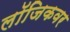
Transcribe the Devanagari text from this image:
लॉजिकवर